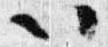
以